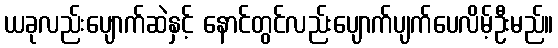
ယခုလည်းပျောက်ဆဲနှင့် နောင်တွင်လည်းပျောက်ပျက်ပေလိမ့်ဦးမည်။